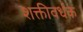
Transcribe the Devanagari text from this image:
शक्तीवर्धक